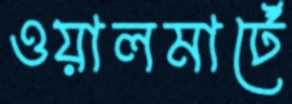
ওয়ালমার্টে